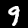
Label: 9